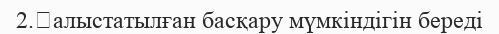
2.	алыстатылған басқару мүмкіндігін береді